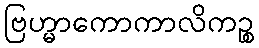
ဗြဟ္မာကောကာလိကဉ္စ